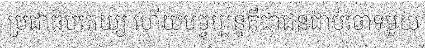
ប្រជាធិបតេយ្យ ហើយបច្ចុប្បន្នគឺជាជនជាប់ចោទមួយ